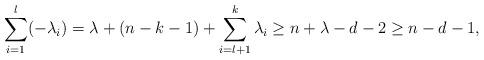
LaTeX: \begin{align*}\sum_{i=1}^{l}(-\lambda_i)=\lambda+(n-k-1)+\sum_{i=l+1}^{k}\lambda_i\geq n+\lambda-d-2\geq n-d-1,\end{align*}